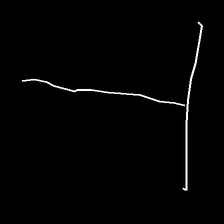
Glyph: column